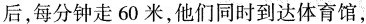
后，每分钟走60米，他们同时到达体育馆，